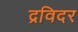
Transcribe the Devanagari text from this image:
द्रविदर